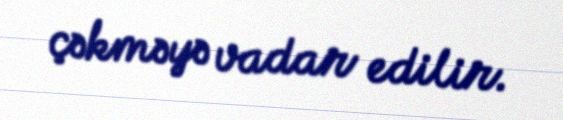
çəkməyə vadar edilir.